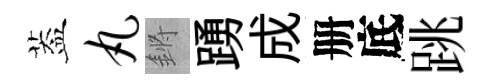
葢丸鏘踴成册底跳